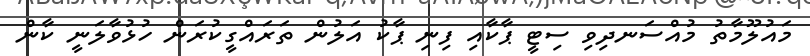
މައުލޫމާތު މުއްސަނދިވި ސިޓީ ޕާކާއި ފިނި ޕާކު އަލުން ތަރައްގީކުރަން ހުޅުވާލަނީ ކާން